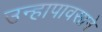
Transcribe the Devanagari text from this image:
उन्हापावसाने